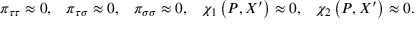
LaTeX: \begin{array} { c c c c c } { { \pi _ { \tau \tau } \approx 0 , } } & { { \pi _ { \tau \sigma } \approx 0 , } } & { { \pi _ { \sigma \sigma } \approx 0 , } } & { { \chi _ { 1 } \left( P , X ^ { \prime } \right) \approx 0 , } } & { { \chi _ { 2 } \left( P , X ^ { \prime } \right) \approx 0 . } } \end{array}